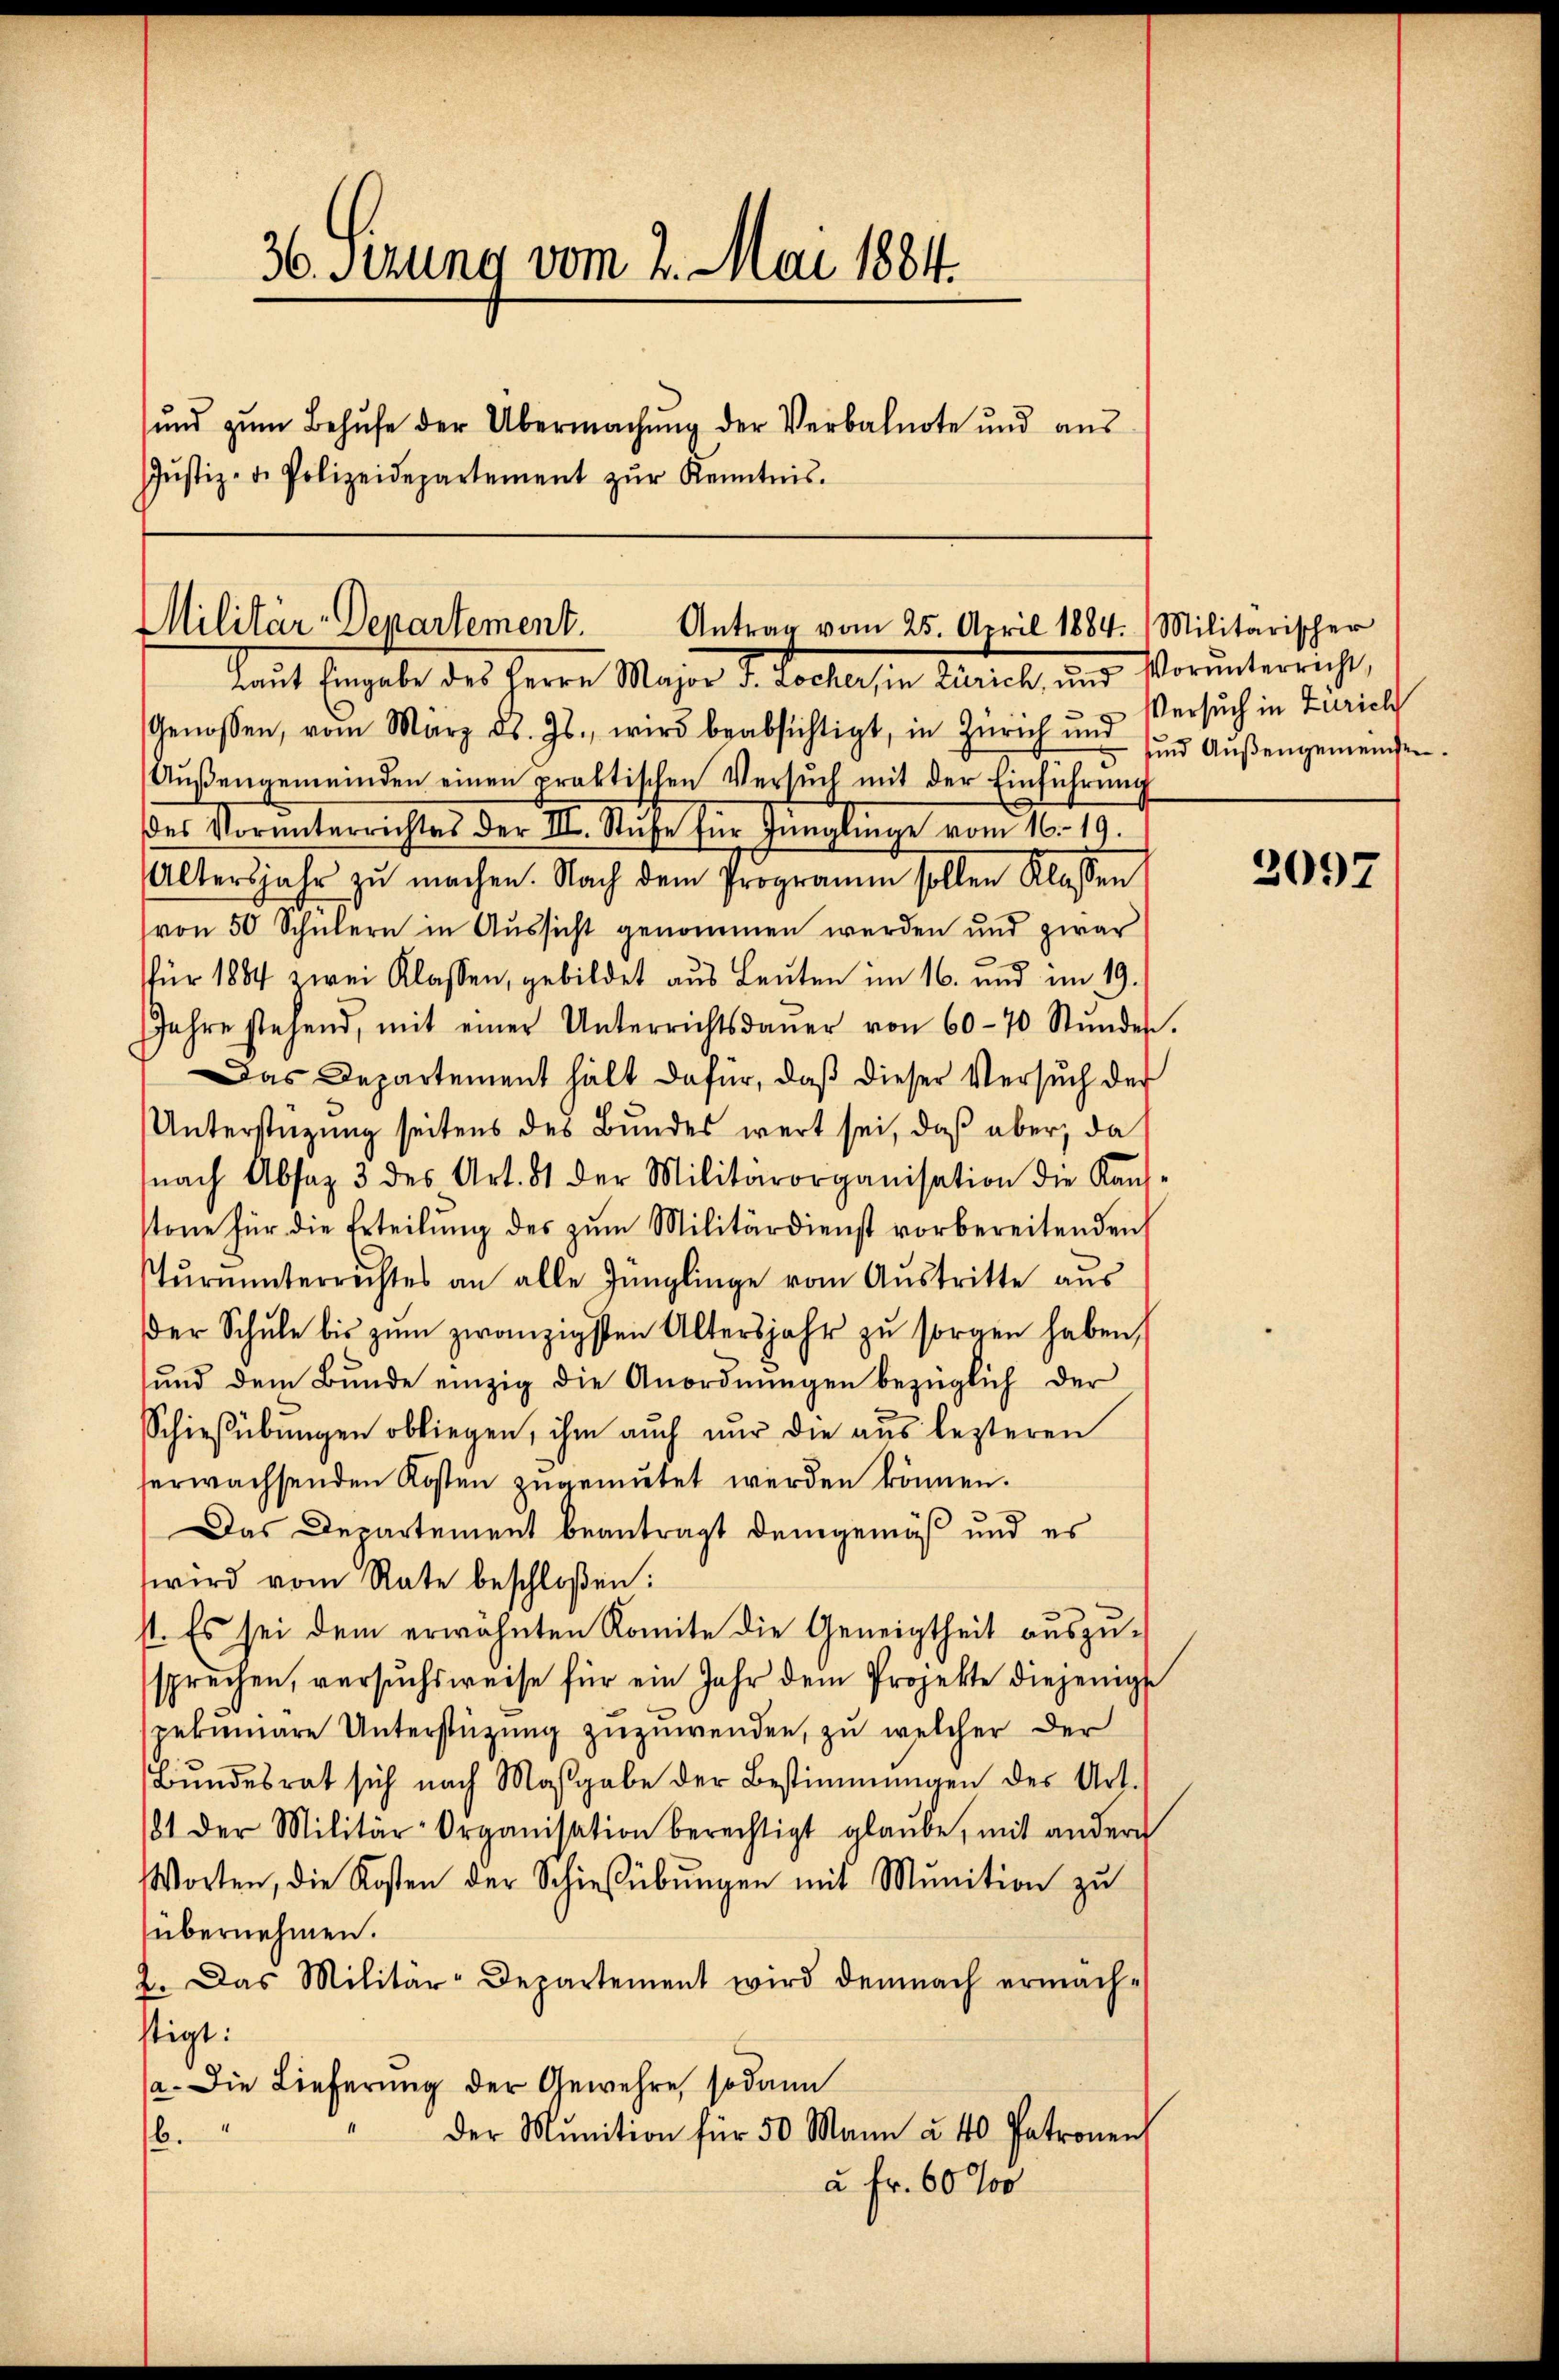
36. Sizung vom 2. Mai 1884.
ŭnd zŭm Behŭfe der Übermachŭng der Verbalnote und aŭs
Jŭstiz- u. Polizeidepartement zŭr Kenntnis.

Militär-Departement.
Antrag vom 25. April 1884. Militarischer
laut Eingabe des Herrn Major J. Locher in Zürich, und Vorunterricht,

Genossen, vom März d. Js., wird beabsichtigt, in Zürich und Versuch in Zürich
Aŭβengemeinden einen praktischen Versŭch mit der Einführŭng
des Vorunterrichtes der III. Ruhe für Jünglinge vom 16. 19.
Altersjahr zŭ machen. Nach dem Programm sollen Klassen
von 50 Schülern in Aussicht genommen werden und zwar
für 1884 zwei Klassen, gebildet aus Leŭten im 16. und im 19.
Jahre stehend, mit einer Unterrichtsdaŭer von 60 - 70 Stŭndes.
Das Departement hält dafür, daβ dieser Versuch der
Unterstützung seitens des Bundes wert sei, daß aber, da
nach Absaz 3 des Art. 81 der Militärorganisation die Kan-
stone für die Erteilŭng des zŭm Militärdienst vorbereitenden
Tŭrnŭnterrichtes an alle Jünglinge vom Aŭstritte aŭs
der Schŭle bis zŭm zwanzigsten Altersjahr zŭ sorgen haben,
ŭnd dem Bŭnde einzig die Anordnŭngen bezüglich der
Schießübŭngen obliegen, ihm auch nur die aus lezteren
erwachsenden Kosten zugemutet werden können.
Das Departement beantragt demgemäß und es
wird vom Rate beschloßen:
st. Es sei dem erwähnten Komite die Geneigtheit auszusprechen, versuchsweise für ein Jahr dem Projekte diejenigst
pekumare Unterstützung zuzuwenden, zu welcher der
Bŭndesrat sich nach Massgabe der Bestimmungen des Art.
1 der Militär-Organisation berechtigt glaŭbe, mit andern
Worten, die Kosten der Schießübŭngen mit Munition zŭ
übernehmen.
2. Das Militär-Departement wird demnach ermäch-
stigt:
(a. Die Lieferung der Gewehre, sodann
der Munition für 50 Mann u. 40 Patronen
6.
à Fr. 60 %

und Außengemeinden.

2097